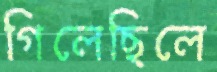
গিলেছিলে